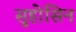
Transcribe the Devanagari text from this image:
सुहोसिन